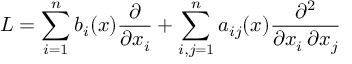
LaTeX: L = \sum _ { i = 1 } ^ { n } b _ { i } ( x ) { \frac { \partial } { \partial x _ { i } } } + \sum _ { i , j = 1 } ^ { n } a _ { i j } ( x ) { \frac { \partial ^ { 2 } } { \partial x _ { i } \, \partial x _ { j } } }